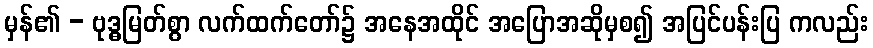
မှန်၏ - ဗုဒ္ဓမြတ်စွာ လက်ထက်တော်၌ အနေအထိုင် အပြောအဆိုမှစ၍ အပြင်ပန်းပြ ကလည်း